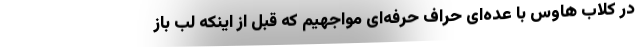
در کلاب هاوس با عده‌ای حرّاف حرفه‌ای مواجهیم که قبل از اینکه لب باز